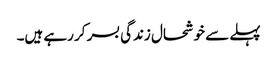
پہلے سے خوشحال زندگی بسر کر رہے ہیں۔